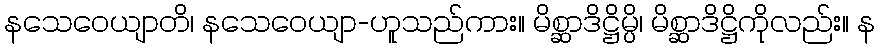
နသေဝေယျာတိ၊ နသေဝေယျာ-ဟူသည်ကား။ မိစ္ဆာဒိဋ္ဌိမ္ပိ၊ မိစ္ဆာဒိဋ္ဌိကိုလည်း။ န